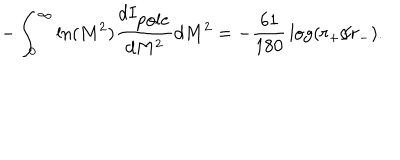
- \int _ { 0 } ^ { \infty } \ln ( M ^ { 2 } ) { \frac { d I _ { \mathrm { p o l e } } } { d M ^ { 2 } } } d M ^ { 2 } = - { \frac { 6 1 } { 1 8 0 } } \log ( r _ { + } / r _ { - } ) .